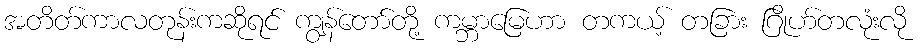
အတိတ်ကာလတုန်းကဆိုရင် ကျွန်တော်တို့ ကမ္ဘာမြေဟာ တကယ့် တခြား ဂြိုဟ်တလုံးလို